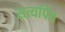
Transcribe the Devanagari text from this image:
सत्यपित